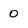
Character: 0